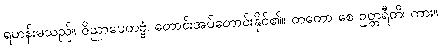
ရဟန်းမသည်။ ဝိညာပေတဗ္ဗံ၊ တောင်းအပ်တောင်းနိုင်၏။ တတော စေ ဥတ္တရီတိ၊ ကား။